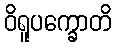
ဝိရူပက္ခောတိ